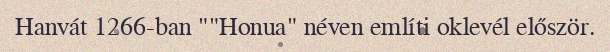
Hanvát 1266-ban ""Honua" néven említi oklevél először.